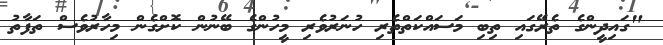
"ގައިދީންގެ ތެރޭގައި ތިބި މަސައްކަތްތެރި ހުނަރުވެރި މީހުންގެ ބޭނުން ކޮށްގެން މިހާރުވެސް ތަފާތު